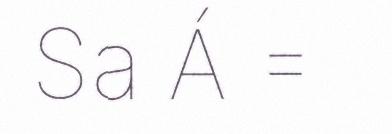
Sa Á =